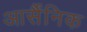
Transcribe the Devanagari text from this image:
आर्सैंनिक